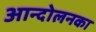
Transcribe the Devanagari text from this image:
आन्दोलनका